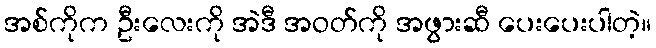
အစ်ကိုက ဦးလေးကို အဲဒီ အဝတ်ကို အဖွားဆီ ပေးပေးပါတဲ့။